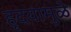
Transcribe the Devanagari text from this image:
हृदयामुळे